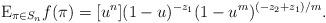
LaTeX: \begin{align*}\mathrm{E}_{\pi \in S_n} f(\pi)= [u^n](1-u)^{-z_1}(1-u^m)^{(-z_2+z_1)/m}.\end{align*}